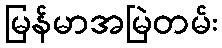
မြန်မာအမြဲတမ်း